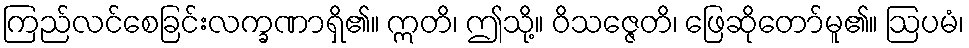
ကြည်လင်စေခြင်းလက္ခဏာရှိ၏။ ဣတိ၊ ဤသို့။ ဝိသဇ္ဇေတိ၊ ဖြေဆိုတော်မူ၏။ ဩပမံ၊